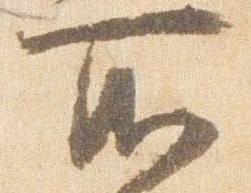
所